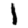
Digit: 1